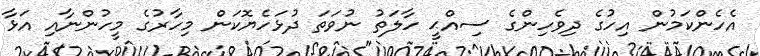
އެހެންކަމުން އިހުގެ ދިވެހިންގެ ސިއްޙީ ހާލަތު ނުވަތަ ދުޅަހެޔޮކަން މިހާރުގެ މީހުންނާއި އަޅާ